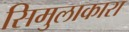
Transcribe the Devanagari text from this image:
सिमुलाकारा